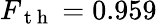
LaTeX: F_{\mathrm{~t~h~}}=0.959